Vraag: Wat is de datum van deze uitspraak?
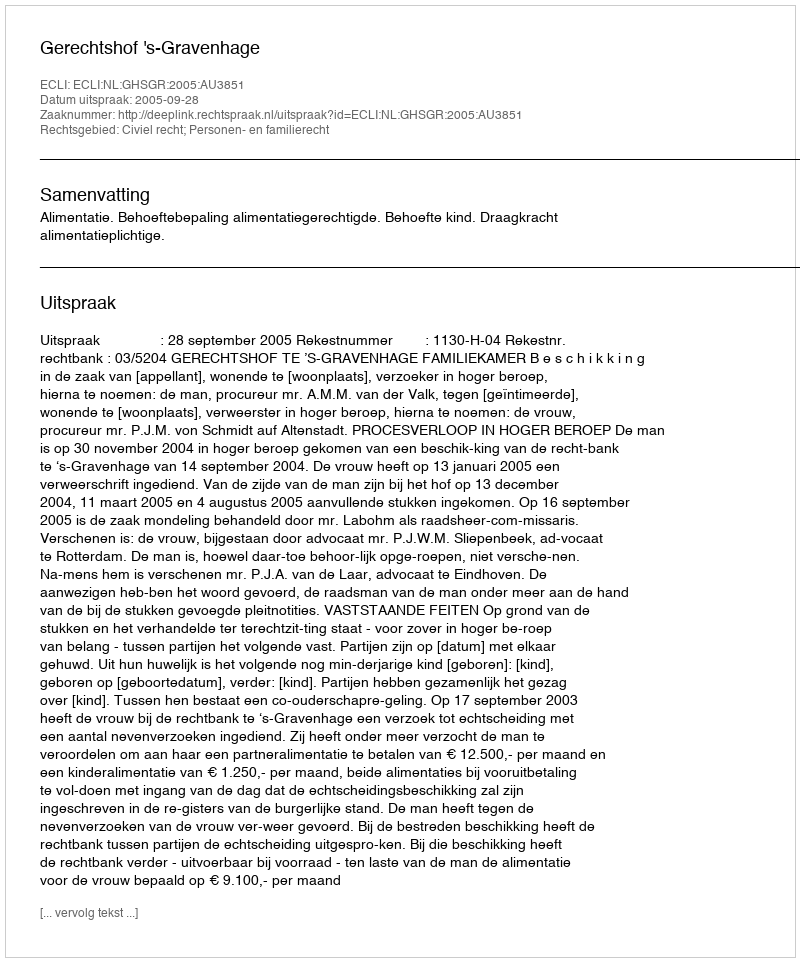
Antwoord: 2005-09-28